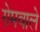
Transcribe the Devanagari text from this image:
रोमवाले